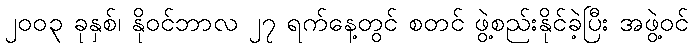
၂၀၀၃ ခုနှစ်၊ နိုဝင်ဘာလ ၂၇ ရက်နေ့တွင် စတင် ဖွဲ့စည်းနိုင်ခဲ့ပြီး အဖွဲ့ဝင်